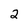
Character: 2